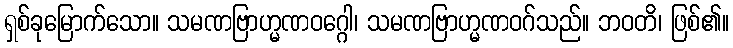
ရှစ်ခုမြောက်သော။ သမဏဗြာဟ္မဏဝဂ္ဂေါ၊ သမဏဗြာဟ္မဏဝဂ်သည်။ ဘဝတိ၊ ဖြစ်၏။